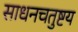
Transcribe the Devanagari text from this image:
साधनचतुष्टय